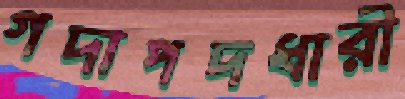
গদাপদধারী